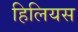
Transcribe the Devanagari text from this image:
हिलियस